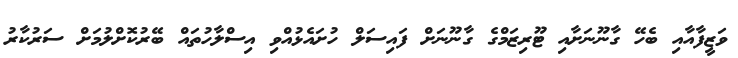
ވަޒީފާއާއި ބެހޭ ގާނޫނަށާއި ޓޫރިޒަމްގެ ގާނޫނަށް ފައިސަލް ހުށައެޅުއްވި އިސްލާހުތައް ބޭރުކޮށްލުމަށް ސަރުކާރު